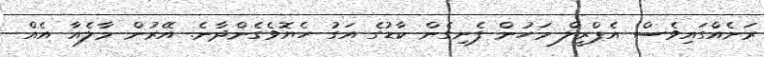
ރަށެއްގައިވެސް އެޕްރީލް މަހުން ފެށިގެން ކާޑުގެ އަގު ހެޔޮވެގެންދާނެ. އޭރުން މާލެއާ އެއް